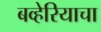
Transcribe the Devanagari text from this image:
बव्हेरियाचा